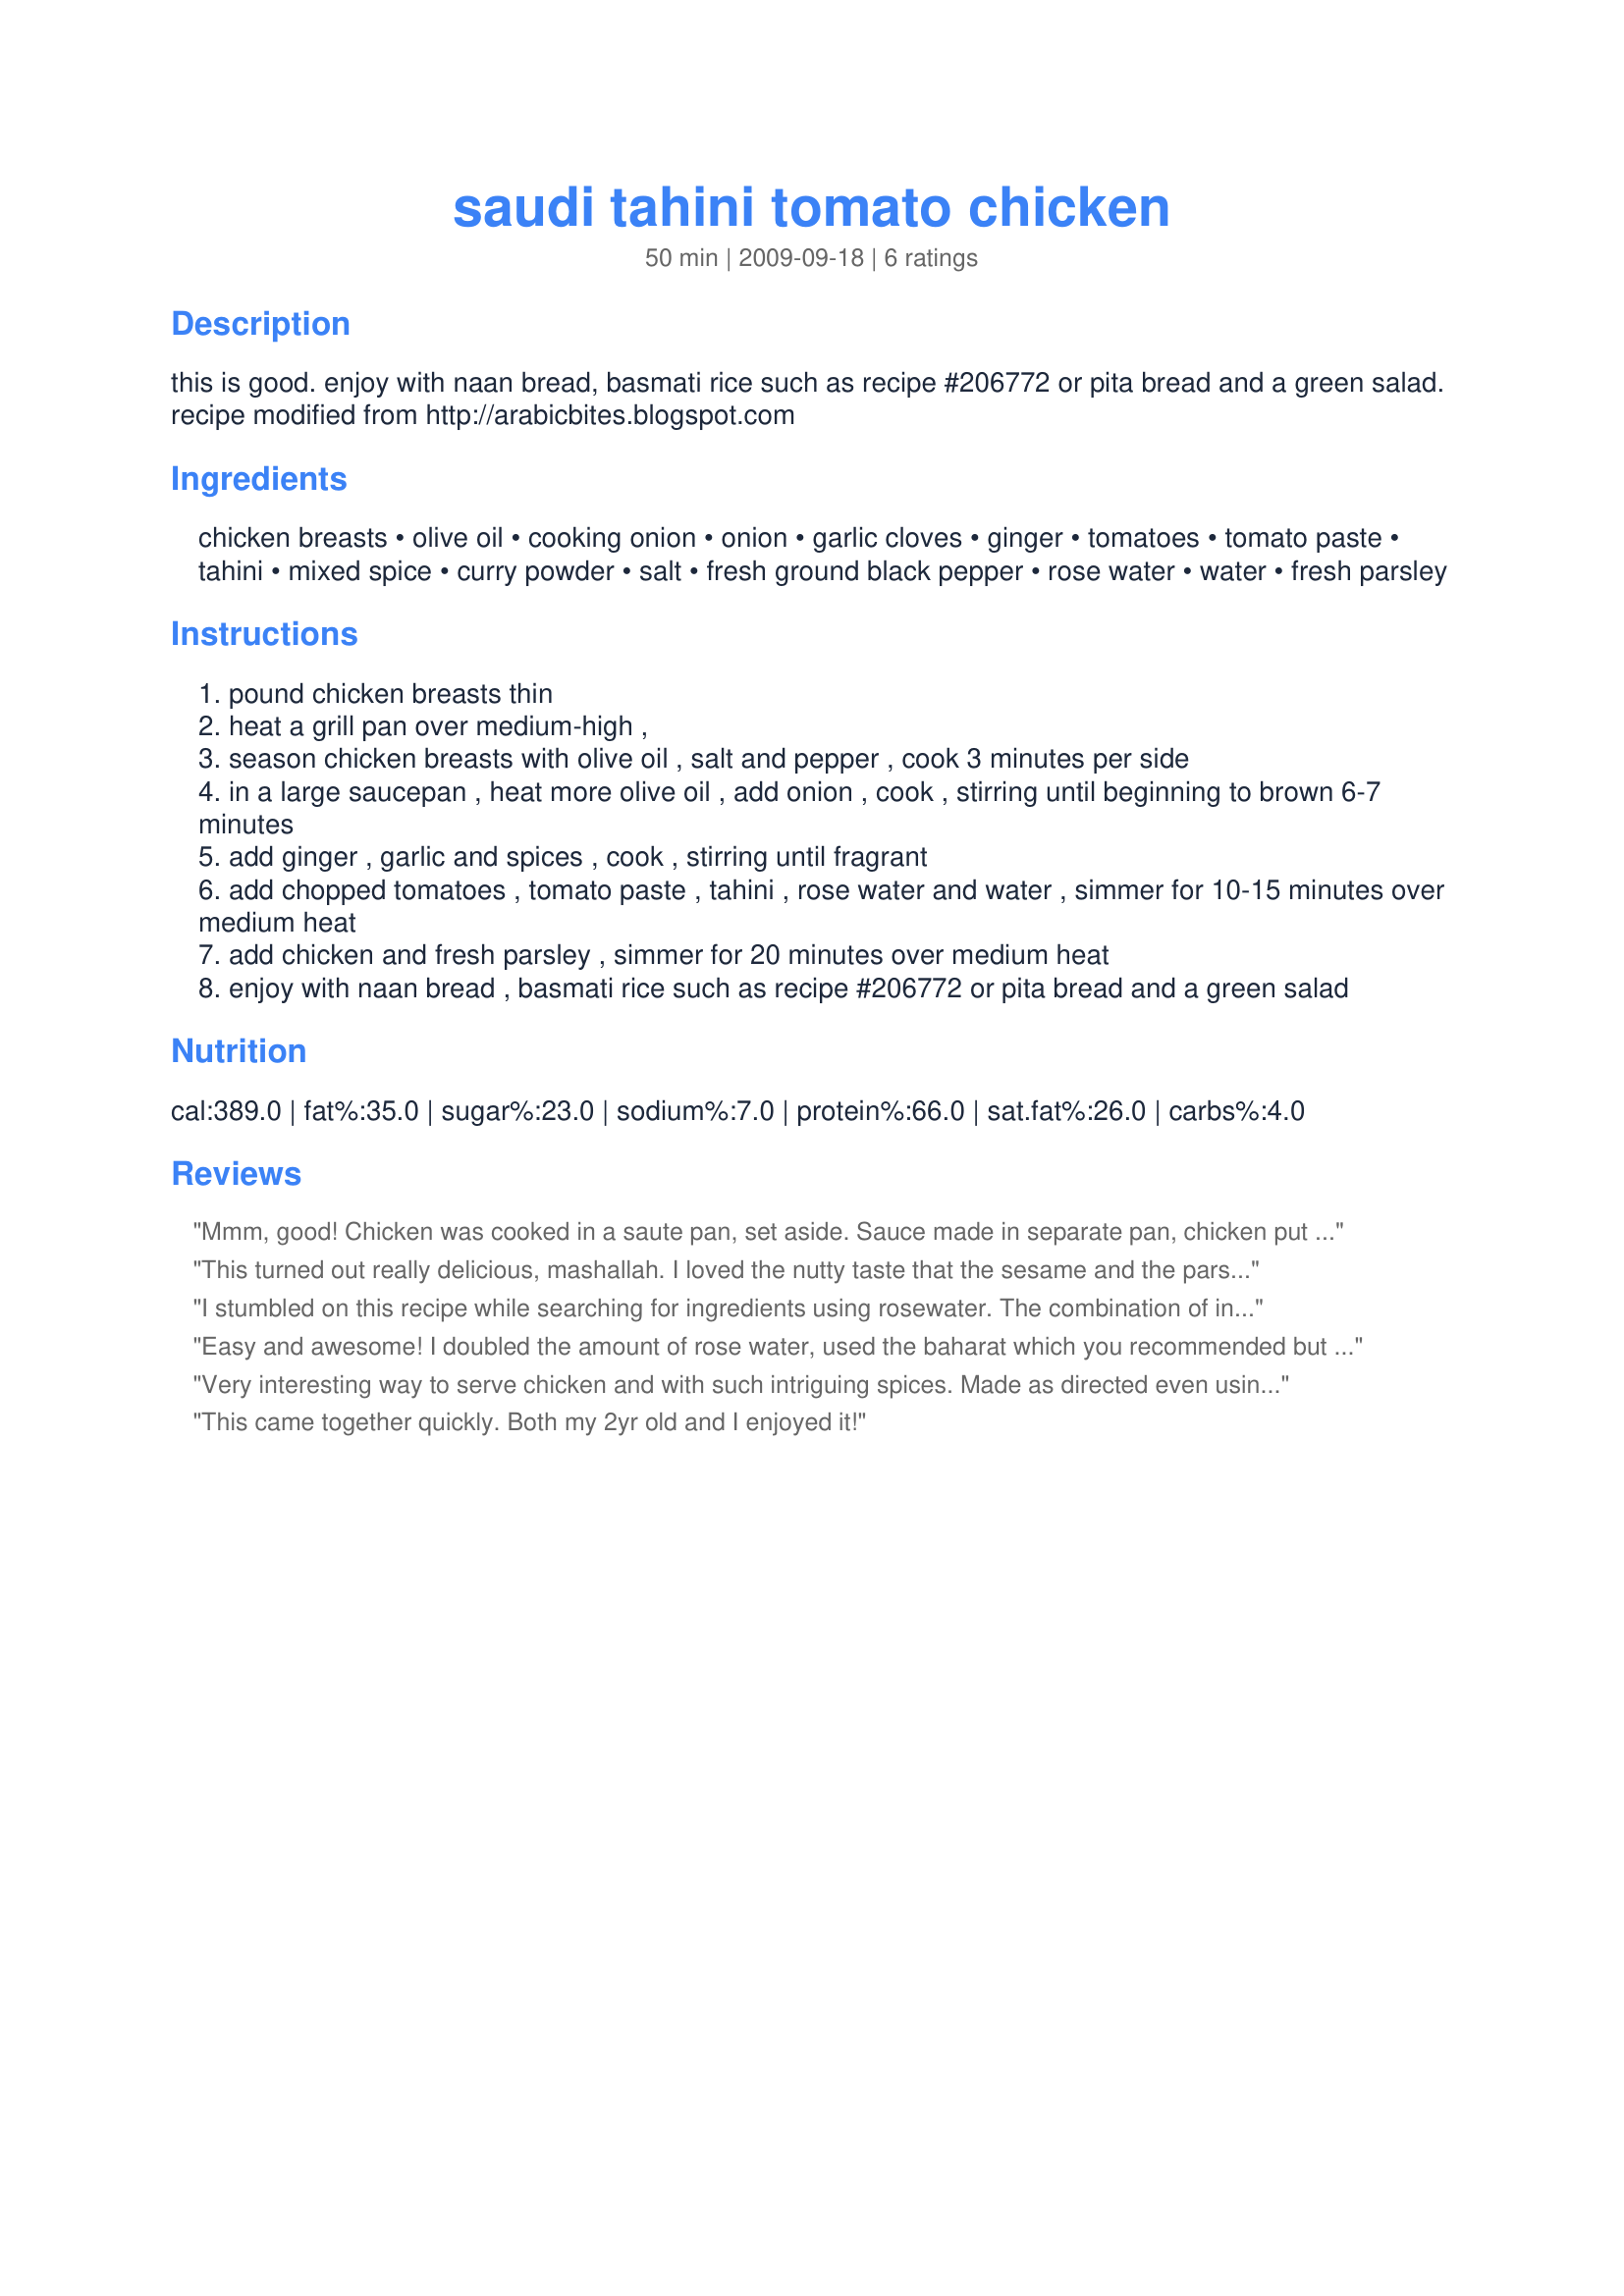
saudi tahini tomato chicken
Preparation time: 50 minutes

this is good. enjoy with naan bread, basmati rice such as recipe #206772 or pita bread and a green salad.
recipe modified from http://arabicbites.blogspot.com

Ingredients:
chicken breasts, olive oil, cooking onion, onion, garlic cloves, ginger, tomatoes, tomato paste, tahini, mixed spice, curry powder, salt, fresh ground black pepper, rose water, water, fresh parsley

Steps:
pound chicken breasts thin
heat a grill pan over medium-high ,
season chicken breasts with olive oil , salt and pepper , cook 3 minutes per side
in a large saucepan , heat more olive oil , add onion , cook , stirring until beginning to brown 6-7 minutes
add ginger , garlic and spices , cook , stirring until fragrant
add chopped tomatoes , tomato paste , tahini , rose water and water , simmer for 10-15 minutes over medium heat
add chicken and fresh parsley , simmer for 20 minutes over medium heat
enjoy with naan bread , basmati rice such as recipe #206772 or pita bread and a green salad

Reviews:
Mmm, good! Chicken was cooked in a saute pan, set aside. Sauce made in separate pan, chicken put back in saute pan and sauce added. Served over the rice recipe you suggested and we ate off this meal for 2-3 days and never got tired of it. I think I would however double the amount of rose water. Parsley was garnished on top of the chicken and not stirred into the mixture. Will make again very soon! Raves all around. Thank you!
This turned out really delicious, mashallah. I loved the nutty taste that the sesame and the parsley added. I will make this a lot inshallah. Thank you for posting.
I stumbled on this recipe while searching for ingredients using rosewater. The combination of ingredients seemed exotic, but the result was pure comfort food! My family loved it!
Easy and awesome! I doubled the amount of rose water, used the baharat which you recommended but a store bought organic curry mix, and it tasted wonderful.&lt;br/&gt;Thanks for sharing, I&#039;ll make this again :)&lt;br/&gt;Made for Let&#039;s Go To Saudi Arabia / N*A*M*E Forum
Very interesting way to serve chicken and with such intriguing spices. Made as directed even using recipe #79179 -- Bahrat Spice Mix -- and S&B Curry powder, my personal favorite curry powder. Thanks, UmmBinat! Made for Best of 2010 Tag Game on Cookgirl's recommendation.
This came together quickly. Both my 2yr old and I enjoyed it!
